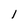
Character: 1